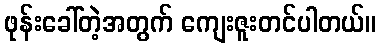
ဖုန်းခေါ်တဲ့အတွက် ကျေးဇူးတင်ပါတယ်။